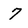
Character: 7